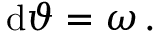
\mathrm { d } \vartheta = \omega \, .